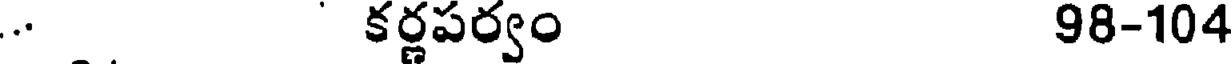
. కర్ణపర్వం 98-104